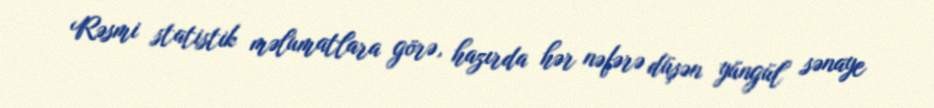
Rəsmi statistik məlumatlara görə, hazırda hər nəfərə düşən yüngül sənaye